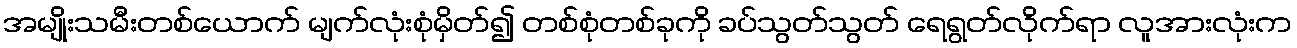
အမျိုးသမီးတစ်ယောက် မျက်လုံးစုံမှိတ်၍ တစ်စုံတစ်ခုကို ခပ်သွတ်သွတ် ရေရွတ်လိုက်ရာ လူအားလုံးက